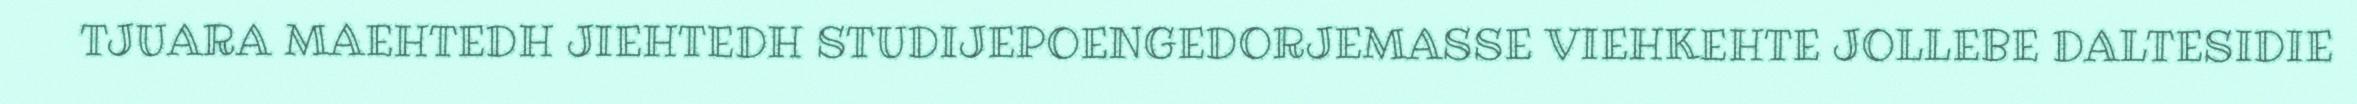
TJUARA MAEHTEDH JIEHTEDH STUDIJEPOENGEDORJEMASSE VIEHKEHTE JOLLEBE DALTESIDIE